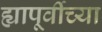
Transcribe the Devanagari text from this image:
ह्यापूर्वीच्या